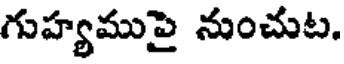
గుహ్యముపై నుంచుట.